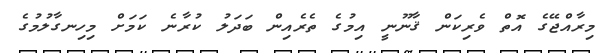
މިރާއްޖޭގެ އޮތް ވެރިކަން ޤާނޫނީ އިމުގެ ތެރެއިން ބަދަލު ކުރާނެ ކަމަށް މިހިނގާލުމުގެ